Indian journal of veterinary science and animal husbandry - Volume 6,
Year: 1936
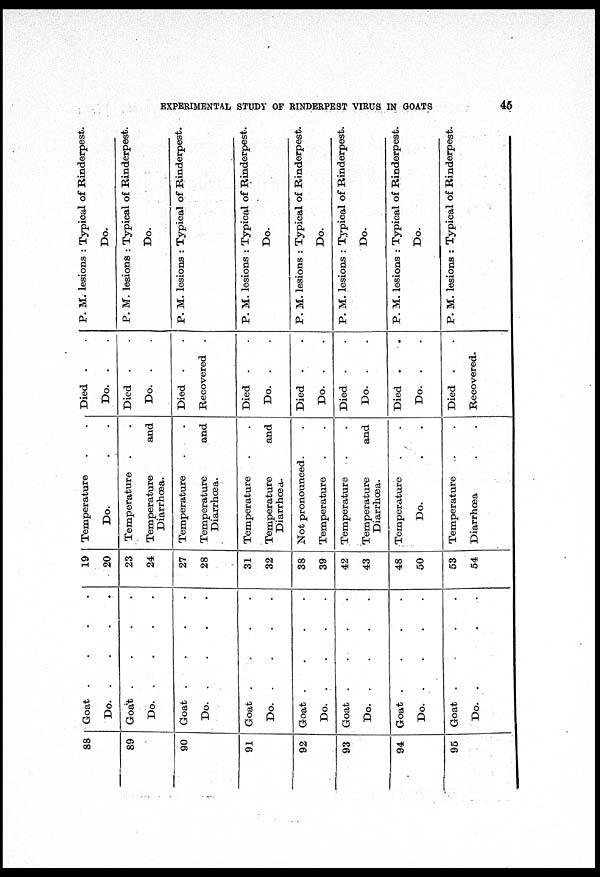
EXPERIMENTAL STUDY OF RINDERPEST VIRUS IN GOATS
45
88
89
90
91
92
93
94
95
Goat
.
.
.
.
Do. . . . .
Goat
.
.
.
.
Do.
.
.
.
.
Goat
.
.
.
.
Do.
.
.
.
.
Goat
.
.
.
.
Do.
.
.
.
.
Goat
.
.
.
.
Do.
.
.
.
.
Goat
.
.
.
.
Do.
.
.
.
.
Goat
.
.
.
.
Do.
.
.
.
.
Goat . . . .
Do.
.
.
.
.
19
20
23
24
27
28
31
32
38
39
42
43
48
50
53
54
Temperature
.
.
Do.
.
.
Temperature
.
.
Temperature and
Diarrhœa.
Temperature
.
.
Temperature and
Diarrhœa.
Temperature . .
Temperature and
Diarrhœa.
Not pronounced.
.
Temperature . .
Temperature
.
.
Temperature and
Diarrhœa.
Temperature
.
.
Do.
.
.
Temperature . .
Diarrhœa . .
Died . .
Do. . .
Died . .
Do. . .
Died . .
Recovered .
Died . .
Do. . .
Died . .
Do. . .
Died . .
Do. . .
Died . .
Do. . .
Died . .
Recovered.
P. M. lesions : Typical of Rinderpest.
Do.
P. M. lesions : Typical of Rinderpest.
Do.
P. M. lesions : Typical of Rinderpest.
P. M. lesions : Typical of Rinderpest.
Do.
P. M. lesions : Typical of Rinderpest.
Do.
P. M. lesions : Typical of Rinderpest.
Do.
P. M. lesions : Typical of Rinderpest.
Do.
P. M. lesions : Typical of Rinderpest.